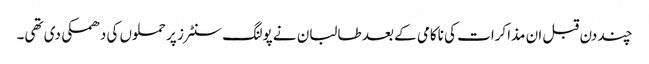
چند دن قبل ان مذاکرات کی ناکامی کے بعد طالبان نے پولنگ سنٹرز پر حملوں کی دھمکی دی تھی۔